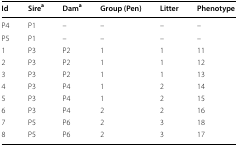
<table><thead><tr><td><b>Id</b></td><td><b>Sire<sup>a</sup></b></td><td><b>Dam<sup>a</sup></b></td><td><b>Group (Pen)</b></td><td><b>Litter</b></td><td><b>Phenotype</b></td></tr></thead><tbody><tr><td>P4</td><td>P1</td><td>–</td><td>–</td><td>–</td><td>–</td></tr><tr><td>P5</td><td>P1</td><td>–</td><td>–</td><td>–</td><td>–</td></tr><tr><td>1</td><td>P3</td><td>P2</td><td>1</td><td>1</td><td>11</td></tr><tr><td>2</td><td>P3</td><td>P2</td><td>1</td><td>1</td><td>12</td></tr><tr><td>3</td><td>P3</td><td>P2</td><td>1</td><td>1</td><td>13</td></tr><tr><td>4</td><td>P3</td><td>P4</td><td>1</td><td>2</td><td>14</td></tr><tr><td>5</td><td>P3</td><td>P4</td><td>1</td><td>2</td><td>15</td></tr><tr><td>6</td><td>P3</td><td>P4</td><td>2</td><td>2</td><td>16</td></tr><tr><td>7</td><td>P5</td><td>P6</td><td>2</td><td>3</td><td>18</td></tr><tr><td>8</td><td>P5</td><td>P6</td><td>2</td><td>3</td><td>17</td></tr></tbody></table>